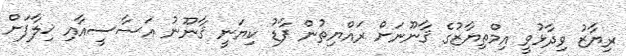
ރިޔާޒު ވިދާޅުވީ އިމްތިޔާޒުގެ ޤާނޫނަށް ރައްޔިތުން ފާޑު ކިޔަނީ ޤާނޫނު އަސާސީއާއި ޚިލާފަށް